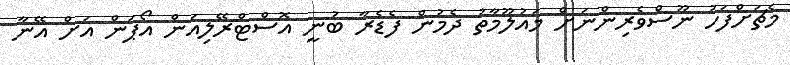
މެޗަށްފަހު ނޫސްވެރިންނަށް މައުލޫމާތު ދެމުން ފެޑެރާ ބުނީ އޮސްޓްރޭލިއަން އޯޕަން އަށް އޭނާ